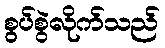
စွပ်စွဲလိုက်သည်